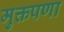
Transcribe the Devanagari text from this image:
मुक्तपणा